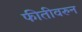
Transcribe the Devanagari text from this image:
फीतीवरुन